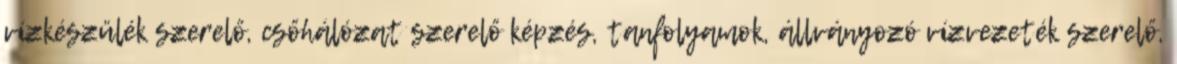
vízkészülék szerelő, csőhálózat szerelő képzés, tanfolyamok, állványozó vízvezeték szerelő,